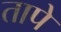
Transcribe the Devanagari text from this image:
तापे